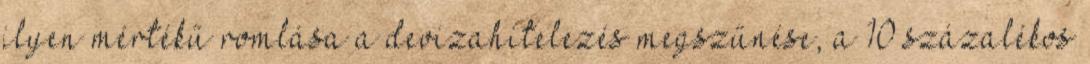
ilyen mértékű romlása a devizahitelezés megszűnése, a 10 százalékos